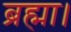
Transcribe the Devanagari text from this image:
ब्रह्मा।